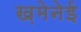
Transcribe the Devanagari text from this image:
ख़मेनेई